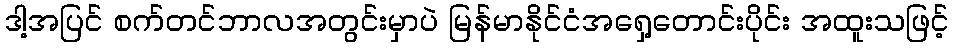
ဒါ့အပြင် စက်တင်ဘာလအတွင်းမှာပဲ မြန်မာနိုင်ငံအရှေ့တောင်းပိုင်း အထူးသဖြင့်